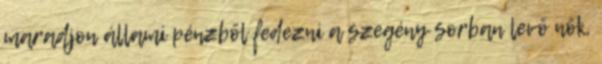
maradjon állami pénzből fedezni a szegény sorban levő nők,